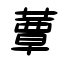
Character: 蕈